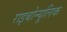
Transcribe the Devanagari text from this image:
राइबोन्यूलिक